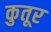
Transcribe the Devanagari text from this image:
कुतूर